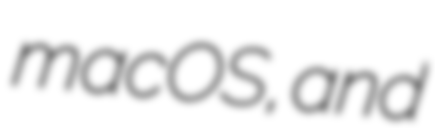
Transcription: macOS, and